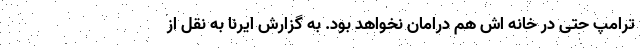
ترامپ حتی در خانه اش هم درامان نخواهد بود. به گزارش ایرنا به نقل از